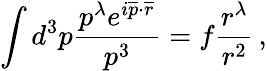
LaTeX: \int d^{3}p\frac{p^{\lambda}e^{i\overline{{{p}}}\cdot\overline{{{r}}}}}{p^{3}}=f\frac{r^{\lambda}}{r^{2}}\, ,